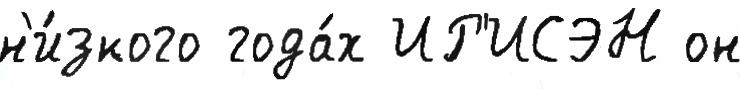
н'и́зкого года́х ИР'ИСЭН он